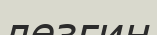
лезгин